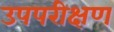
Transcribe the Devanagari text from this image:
उपपरीक्षण